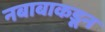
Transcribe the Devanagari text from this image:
नबाबाकडून